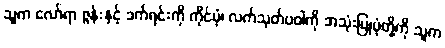
သူက လော်ရာ ဇွန်းနှင့် ခက်ရင်းကို ကိုင်ပုံ၊ လက်သုတ်ပဝါကို အသုံးပြုပုံတို့ကို သူက